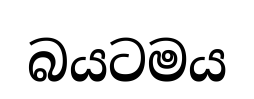
බයටමය